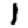
Digit: 1